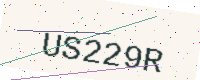
Text: US229R